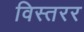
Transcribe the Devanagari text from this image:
विस्तरर